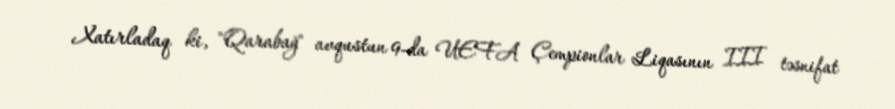
Xatırladaq ki, "Qarabağ" avqustun 9-da UEFA Çempionlar Liqasının III təsnifat